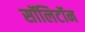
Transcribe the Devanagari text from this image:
सॉलिटॉन